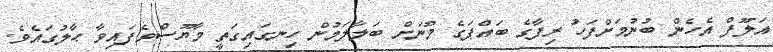
އަލޫފް އެހެން ބުނުމަށްފަހު ރިފާގެ ބައްޕަގެ މޫނަށް ބަލާލަމުން ހިނގައިގަތީ މާޔޫސްވެފައިވާ ޙާލުގައެވެ.